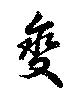
変